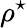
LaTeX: \rho^{\star}